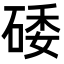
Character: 𥓔